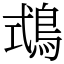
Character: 𪀦